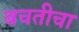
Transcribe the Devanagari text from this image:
बचतीचा